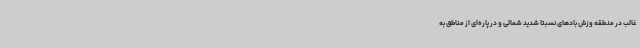
غالب در منطقه وزش بادهای نسبتاً شدید شمالی و در پاره‌ای از مناطق به